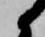
候